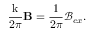
\frac { \mathrm { k } } { 2 \pi } \mathbf { B } = \frac { \mathrm { 1 } } { 2 \pi } \mathcal { B } _ { e x } .